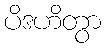
ပိဒဟိတွာ